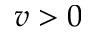
v > 0